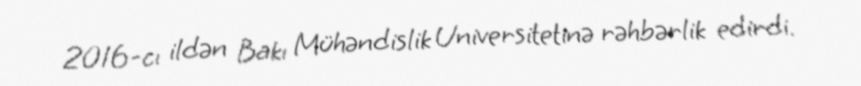
2016-cı ildən Bakı Mühəndislik Universitetinə rəhbərlik edirdi.